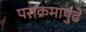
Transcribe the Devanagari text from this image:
पराक्रमापुढे